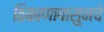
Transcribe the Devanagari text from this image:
ठिकाणापासुनचे